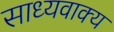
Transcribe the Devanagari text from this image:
साध्यवाक्य